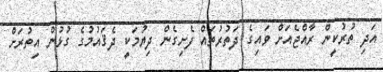
އަދި ތުރުކީން ރާއްޖެއަށް ވައިގެ ދަތުރުތައް ފެށިގެން ދިޔުމަކީ ދެޤައުމުގެ ގުޅުން އިތުރަށް